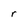
Character: r